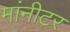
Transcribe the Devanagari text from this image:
मांनीटर